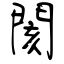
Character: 閡